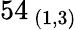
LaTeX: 54_{\ (1,3)}